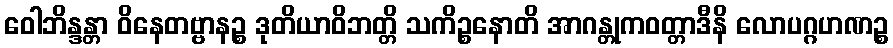
ဝေါဘိန္ဒန္တာ ဝိနေတဗ္ဗာနဉ္စ ဒုတိယာဝိဘတ္တိ သကိဉ္စနောတိ အာဂန္တုကဝတ္တာဒီနိ လောပဂ္ဂဟဏဉ္စ